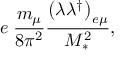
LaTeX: e \; \frac { m _ { \mu } } { 8 \pi ^ { 2 } } \frac { \left( \lambda \lambda ^ { \dagger } \right) _ { e \mu } } { M _ { \ast } ^ { 2 } } ,